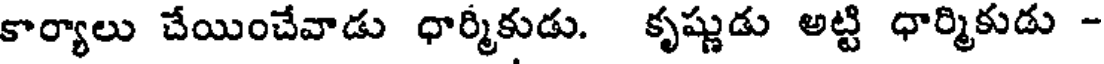
కార్యాలు చేయించేవాడు ధార్మికుడు. కృష్ణుడు అట్టి ధార్మికుడు -